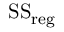
{ \mathrm { S S } } _ { \mathrm { r e g } }